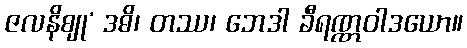
ဇလနိဈု’ ဒဓိ၊ တဿ၊ ဘေဒါ ခီရဏ္ဏဝါဒယော။